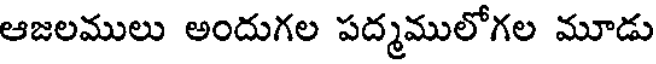
ఆజలములు అందుగల పద్మములోగల మూడు